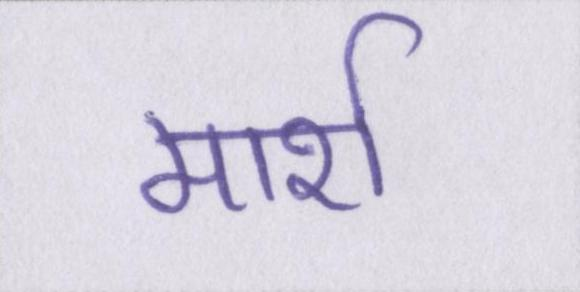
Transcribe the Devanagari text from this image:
मार्श